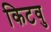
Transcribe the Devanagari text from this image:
किटवु